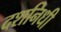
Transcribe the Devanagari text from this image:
दशनिधी